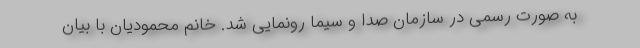
به صورت رسمی در سازمان صدا و سیما رونمایی شد. خانم محمودیان با بیان